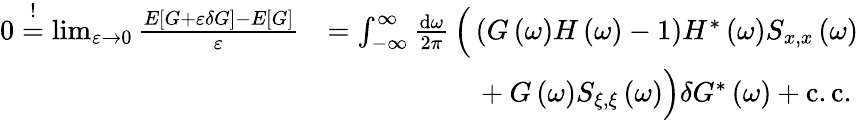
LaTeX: \begin{array}{rl}{0\stackrel{!}{=}\operatorname*{lim}_{\varepsilon\to 0}\frac{E\left[G+\varepsilon\delta G\right]-E\left[G\right]}{\varepsilon}}&{=\int_{-\infty}^{\infty}\frac{\mathrm{d}\omega}{2\pi}\, \Big(\left(G\left(\omega\right)H\left(\omega\right)-1\right)H^{*}\left(\omega\right)S_{x,x}\left(\omega\right)}\\ &{\hphantom{=\int_{-\infty}^{\infty}\frac{\mathrm{d}\omega}{2\pi}\, \bigg(}+G\left(\omega\right)S_{\xi,\xi}\left(\omega\right)\Big)\delta G^{*}\left(\omega\right)+\mathrm{c.c.}}\end{array}